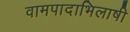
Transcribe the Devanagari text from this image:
वामपादाभिलाषी